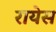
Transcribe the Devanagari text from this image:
रायेस